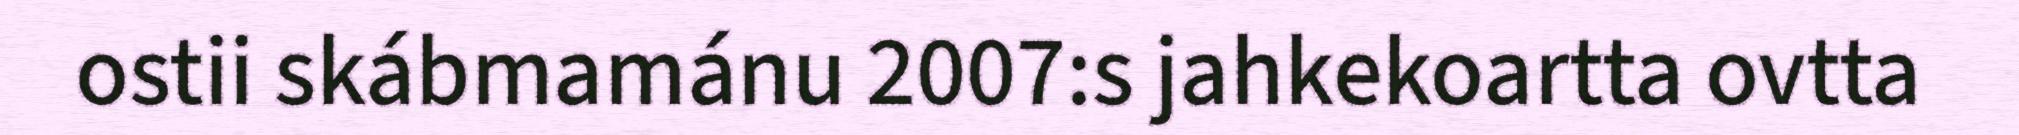
ostii skábmamánu 2007:s jahkekoartta ovtta